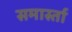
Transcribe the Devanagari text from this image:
समार्स्ता